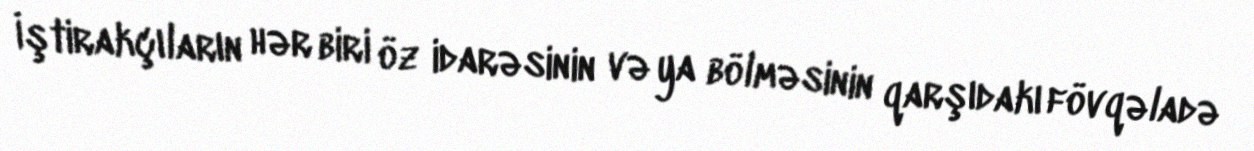
İştirakçıların hər biri öz idarəsinin və ya bölməsinin qarşıdakı fövqəladə